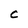
Character: c